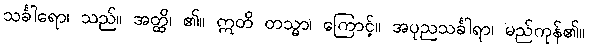
သင်္ခါရော၊ သည်။ အတ္ထိ၊ ၏။ ဣတိ တသ္မာ၊ ကြောင့်။ အပုညသင်္ခါရာ၊ မည်ကုန်၏။